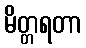
မိတ္တရတာ